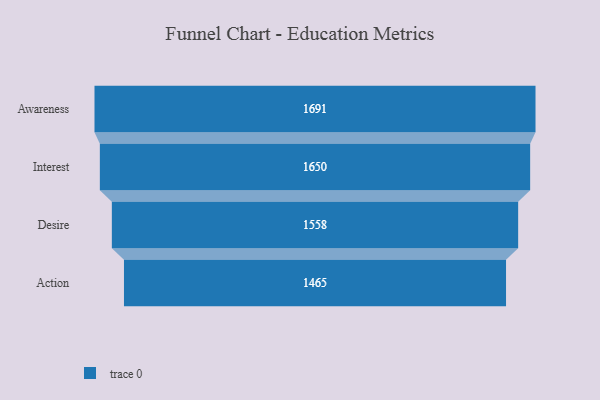
{"axis": {"x": "Stage", "y": "Value"}, "legend": [""], "data": [{"x": "Awareness", "y": 1691.0, "type": ""}, {"x": "Interest", "y": 1650.0, "type": ""}, {"x": "Desire", "y": 1558.0, "type": ""}, {"x": "Action", "y": 1465.0, "type": ""}]}